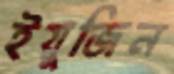
ইয়ুজিন